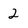
Character: 2